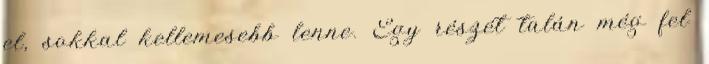
el, sokkal kellemesebb lenne. Egy részét talán még fel